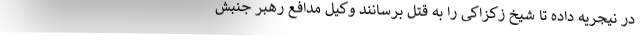
در نیجریه داده تا شیخ زکزاکی را به قتل برسانند وکیل مدافع رهبر جنبش